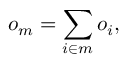
o _ { m } = \sum _ { i \in m } o _ { i } ,